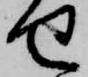
せ